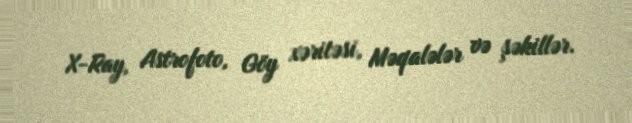
X-Ray, Astrofoto, Göy xəritəsi, Məqalələr və şəkillər.